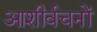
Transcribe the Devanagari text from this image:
आशीर्वचनों